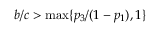
b / c > \operatorname* { m a x } \{ p _ { 3 } / ( 1 - p _ { 1 } ) , 1 \}